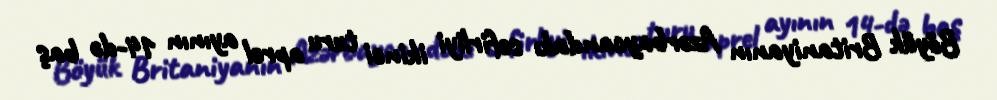
Böyük Britaniyanın Azərbaycandakı səfirliyi ikinci turu aprel ayının 14-də baş